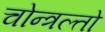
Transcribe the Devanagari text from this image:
चोन्त्रल्तो